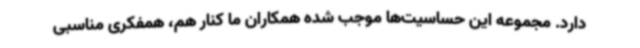
دارد. مجموعه این حساسیت‌ها موجب شده همکاران ما کنار هم، همفکری مناسبی